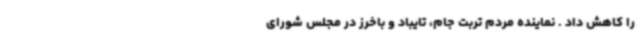
را کاهش داد . نماینده مردم تربت جام، تایباد و باخرز در مجلس شورای